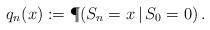
LaTeX: \begin{align*}q_n(x) := \P (S_n=x \,|\, S_0 = 0)\,.\end{align*}